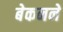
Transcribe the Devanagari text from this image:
बेकनने